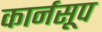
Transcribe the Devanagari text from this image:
कार्नसूप